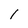
Character: l